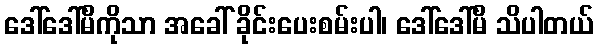
ဒေါ်ဒေါ်မိကိုသာ အခေါ် ခိုင်းပေးစမ်းပါ၊ ဒေါ်ဒေါ်မိ သိပါတယ်